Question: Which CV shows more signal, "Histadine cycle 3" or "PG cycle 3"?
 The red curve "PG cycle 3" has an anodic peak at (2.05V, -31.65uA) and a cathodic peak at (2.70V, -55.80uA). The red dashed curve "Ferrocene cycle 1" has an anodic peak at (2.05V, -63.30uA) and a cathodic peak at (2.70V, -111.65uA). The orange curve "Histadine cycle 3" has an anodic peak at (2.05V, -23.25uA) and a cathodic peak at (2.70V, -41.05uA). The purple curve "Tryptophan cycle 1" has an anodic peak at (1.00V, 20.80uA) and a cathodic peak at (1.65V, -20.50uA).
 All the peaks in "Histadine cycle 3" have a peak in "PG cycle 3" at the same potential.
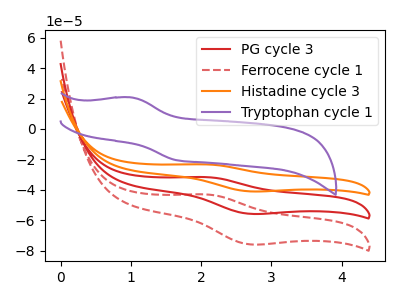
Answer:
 <answer>I cant tell if "Histadine cycle 3" or "PG cycle 3" has more signal.</answer>
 <eval>mixed_signal</eval>